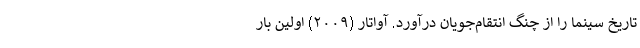
تاریخ سینما را از چنگ انتقام‌جویان درآورد. آواتار (۲۰۰۹) اولین بار